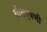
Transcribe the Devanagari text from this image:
शीतएषणी